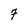
Character: 7